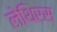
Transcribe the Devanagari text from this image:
लेथिरस